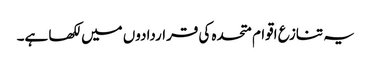
یہ تنازع اقوام متحدہ کی قراردادوں میں لکھا ہے۔